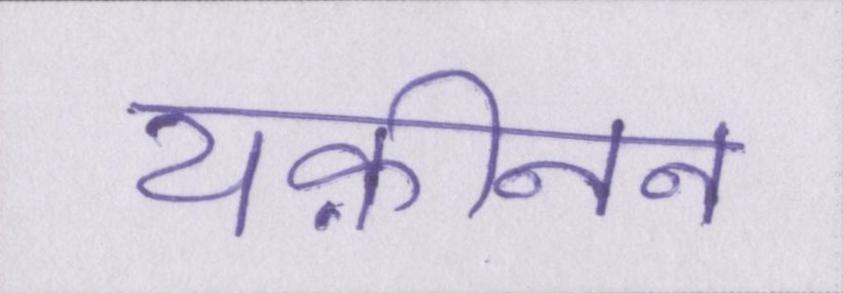
यक़ीनन